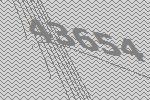
43654